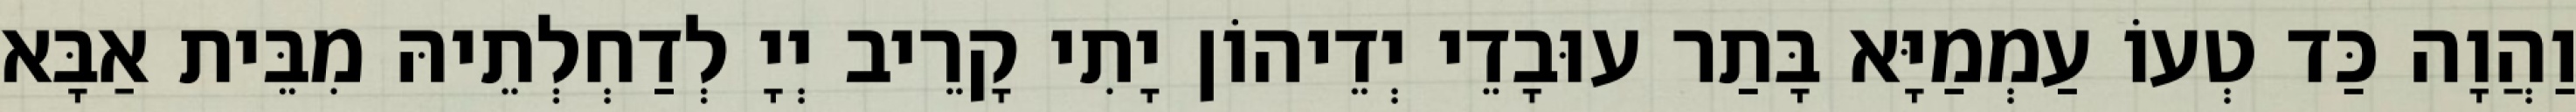
וַהֲוָה כַּד טְעוֹ עַמְמַיָּא בָּתַר עוּבָדֵי יְדֵיהוֹן יָתִי קָרֵיב יְיָ לְדַחְלְתֵיהּ מִבֵּית אַבָּא